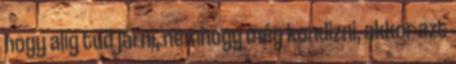
hogy alig tud járni, nemhogy még kondizni, akkor azt